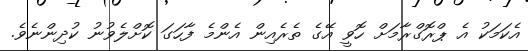
އެކަމަކު އެ ޕްރޮގްރާމަށް ހޮވީ އޭގެ ތެރެއިން އެންމެ ފާހަަގަ ކޮށްލެވުނު ކުދިންނެވެ.